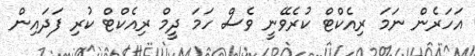
އަހަރެން ނަމަ ރިއެކްޓް ކުރެވޭނީ ވެސް ހަމަ ދީމް ރިއެކްޓް ކުރި ފަދައިން